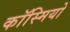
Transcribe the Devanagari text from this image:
कॉस्मियो